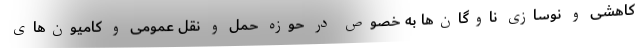
کاهشی و نوسازی ناوگان‌ها به خصوص در حوزه حمل و نقل عمومی و کامیون‌های